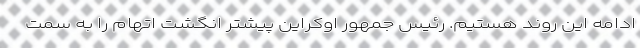
ادامه این روند هستیم. رئیس جمهور اوکراین پیشتر انگشت اتهام را به سمت